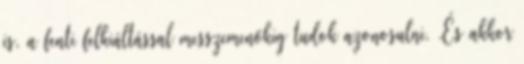
is, a fenti felkiáltással messzemenőkig tudok azonosulni. .És akkor